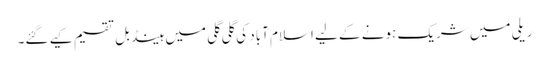
ریلی میں شریک ہونے کے لیے اسلام آباد کی گلی گلی میں ہینڈ بل تقسیم کیے گئے۔